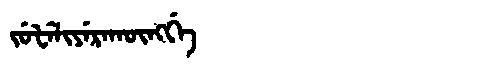
Manchu: ᠵᡠᡶᡝᠯᡳᠶᡝᡵᠠᡴᡡᠩᡤᡝ
Romanization: JUFELIYERAKŪNGGE